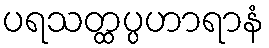
ပရသတ္ထပ္ပဟာရာနံ